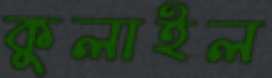
কুলাইল